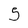
Character: 5